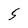
Character: 5